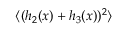
\langle ( h _ { 2 } ( x ) + h _ { 3 } ( x ) ) ^ { 2 } \rangle